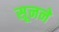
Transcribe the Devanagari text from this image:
सूनने